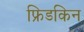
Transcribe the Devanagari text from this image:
फ्रिडकिन